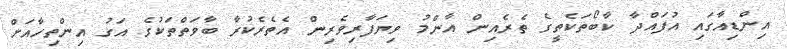
އިންޑިއާގައި އުފައްދާ ކާބޯތަކެތީގެ ތެރެއިން އާންމު ވިޔަފާރިވެރިން އެތެރެކުރާ ބާވަތްތަކުގެ އަގު އިންތިހާއަށް